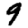
Digit: 9